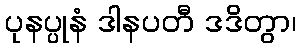
ပုနပ္ပုနံ ဒါနပတီ ဒဒိတွာ၊